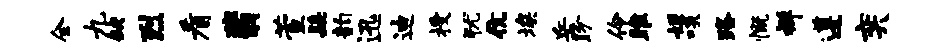
全九缺烈看翡萱髭韵迅迪授犹伉埃岳盼伶雎姬啖路慨禅遵奕